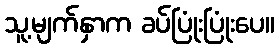
သူ့မျက်နှာက ခပ်ပြုံးပြုံးပေ။